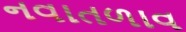
નવાતળાવ